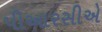
પીઆરસીએ